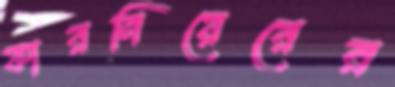
ফারনিয়েরের